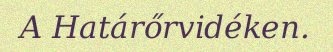
A Határőrvidéken.